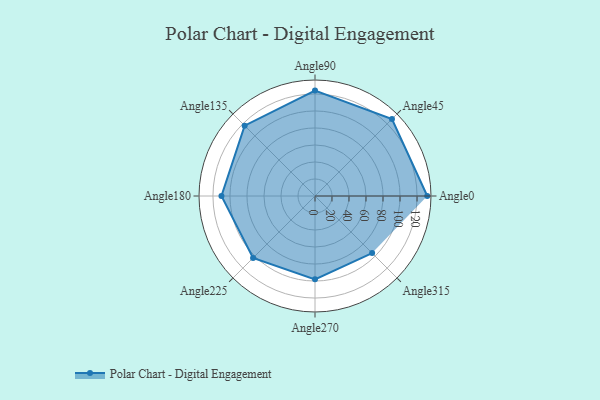
{"axis": {"x": "Angle", "y": "Radius"}, "legend": [""], "data": [{"x": "Angle0", "y": 132.0, "type": ""}, {"x": "Angle45", "y": 128.0, "type": ""}, {"x": "Angle90", "y": 124.0, "type": ""}, {"x": "Angle135", "y": 117.0, "type": ""}, {"x": "Angle180", "y": 110.0, "type": ""}, {"x": "Angle225", "y": 103.0, "type": ""}, {"x": "Angle270", "y": 98.0, "type": ""}, {"x": "Angle315", "y": 95.0, "type": ""}]}